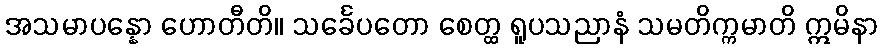
အသမာပန္နော ဟောတီတိ။ သင်္ခေပတော စေတ္ထ ရူပသညာနံ သမတိက္ကမာတိ ဣမိနာ